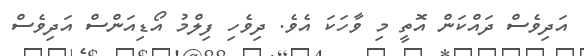
އަދިވެސް ދައްކަން އޮތީ މި ވާހަކަ އެވެ. ދިވެހި ފިލްމު އޯޑިއަންސް އަދިވެސް